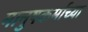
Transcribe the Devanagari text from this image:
मानुषकर्माच्या